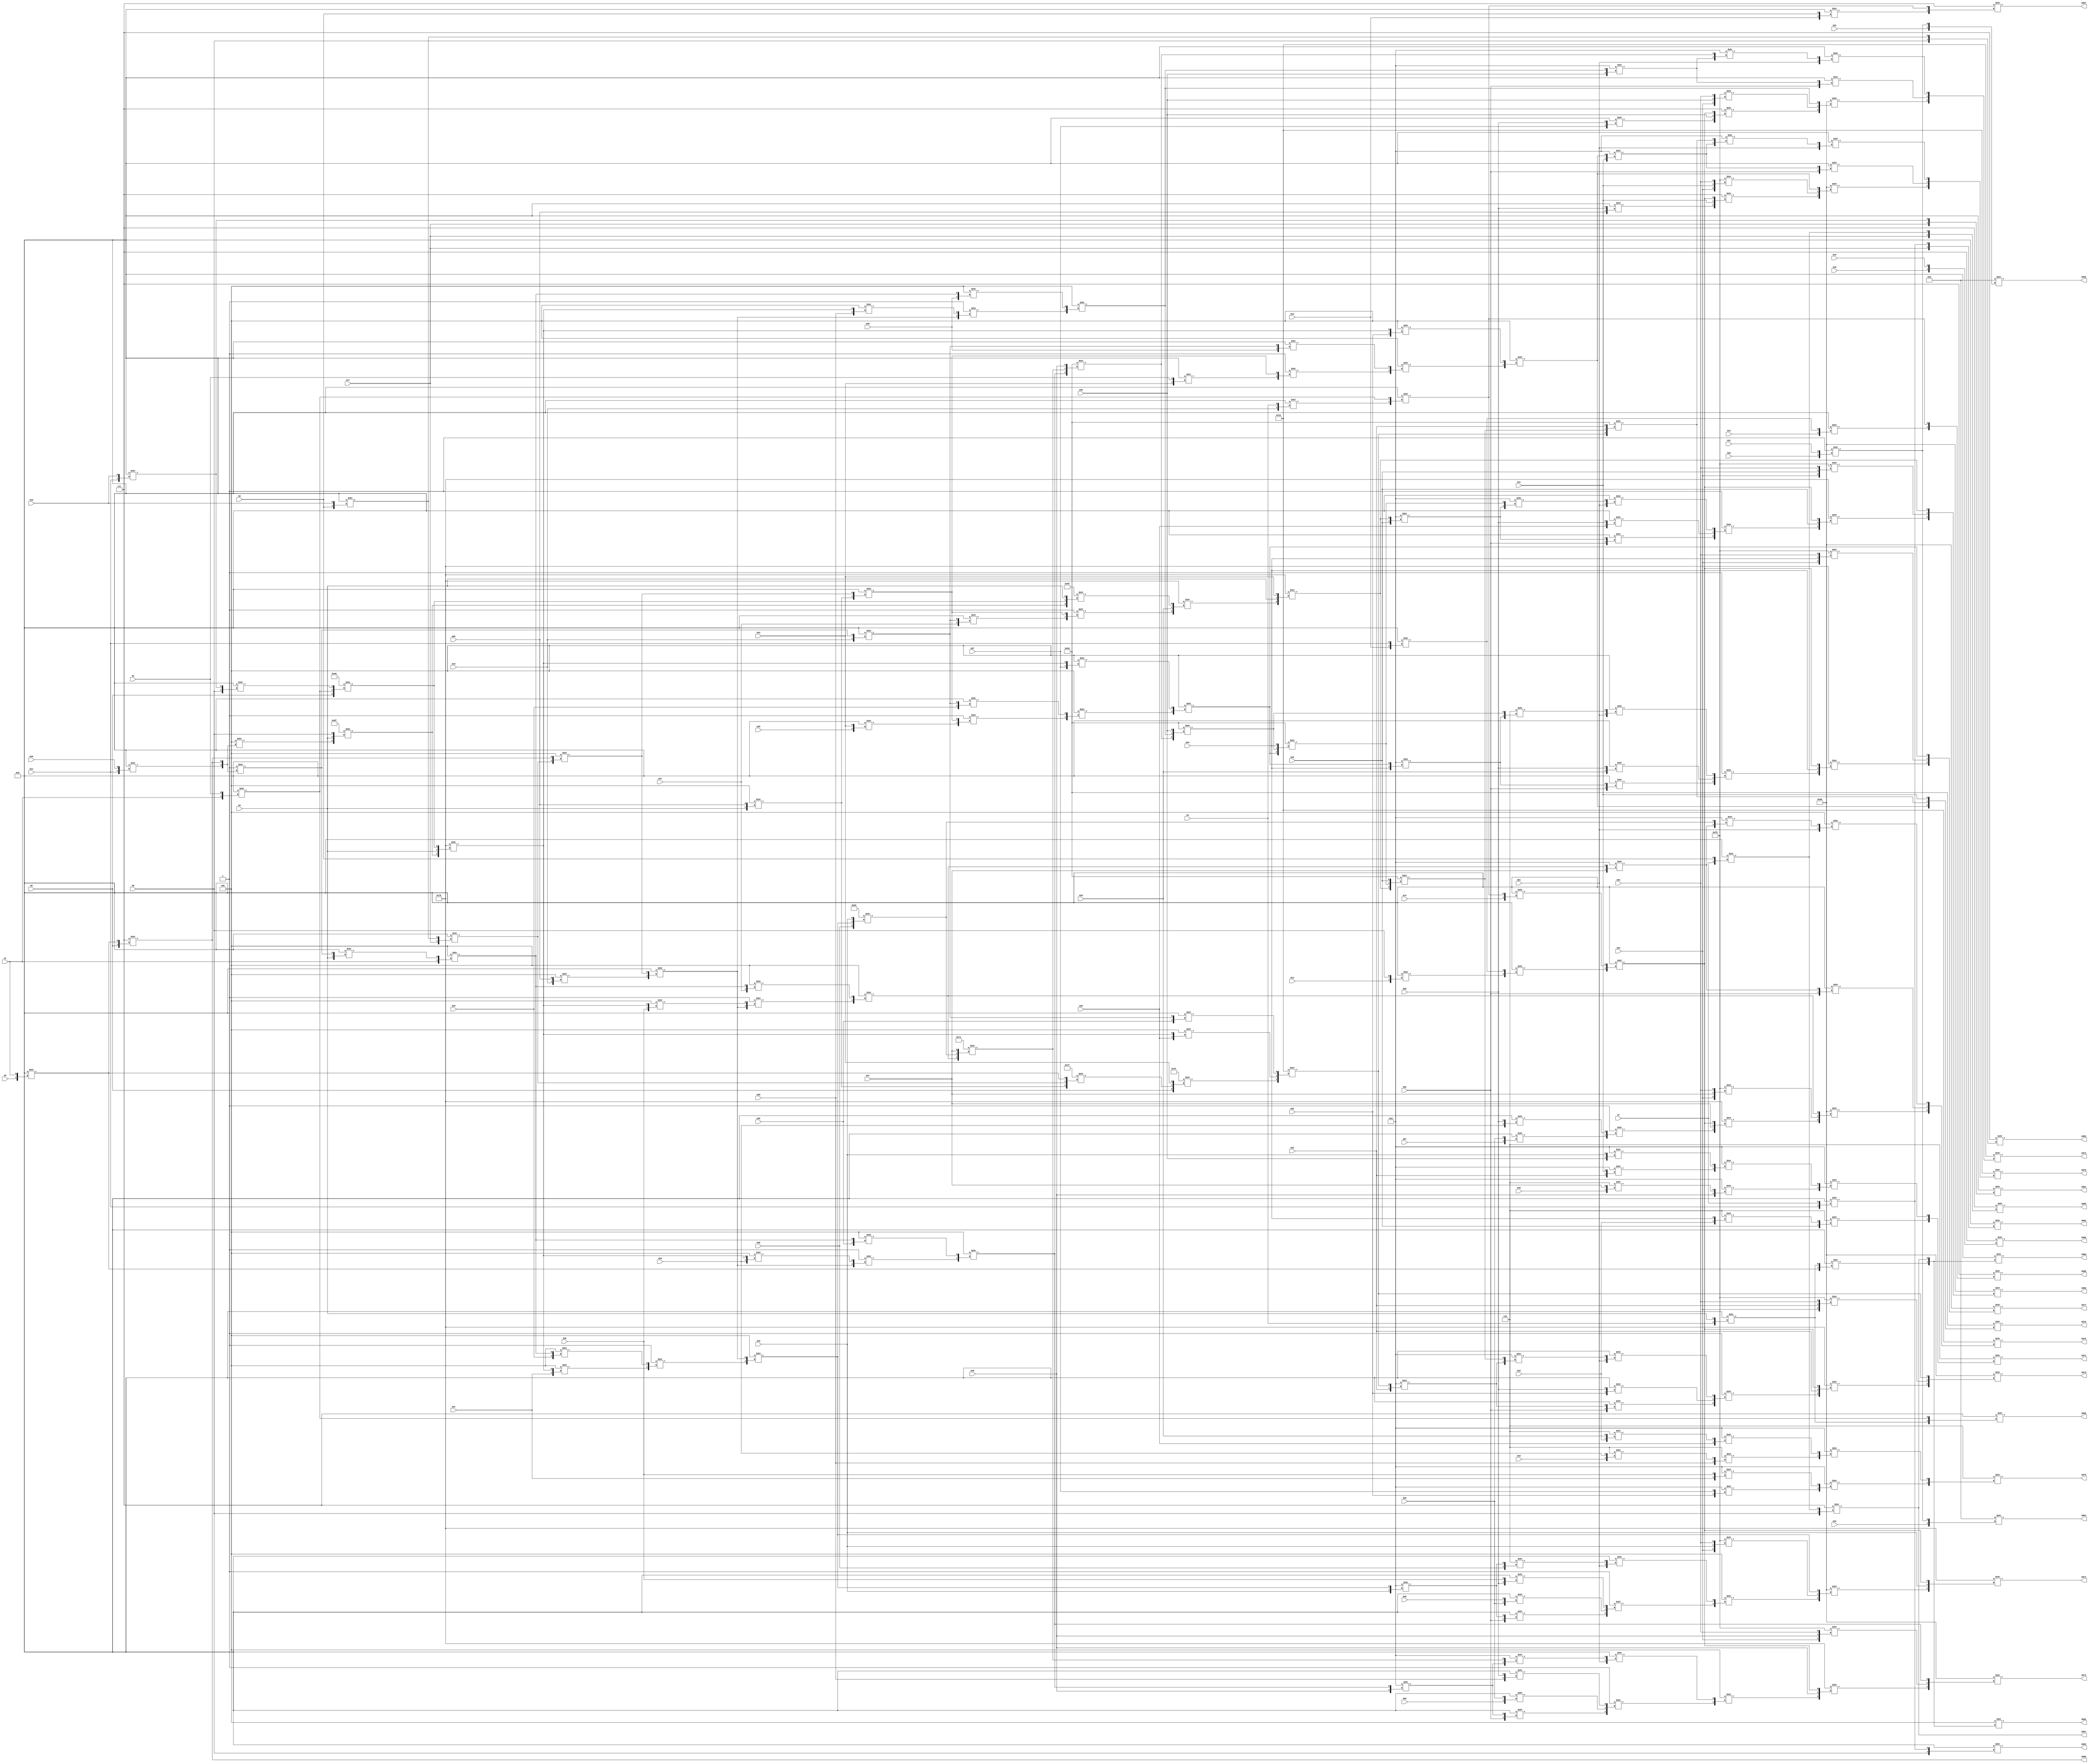
/* Generated by Yosys 0.9 (git sha1 1979e0b) */

(* src = "designs/c880.v:1" *)
module c880(G1, G10, G11, G12, G13, G14, G15, G16, G17, G18, G19, G2, G20, G21, G22, G23, G24, G25, G26, G27, G28, G29, G3, G30, G31, G32, G33, G34, G35, G36, G37, G38, G39, G4, G40, G41, G42, G43, G44, G45, G46, G47, G48, G49, G5, G50, G51, G52, G53, G54, G55, G56, G57, G58, G59, G6, G60, G7, G8, G855, G856, G857, G858, G859, G860, G861, G862, G863, G864, G865, G866, G867, G868, G869, G870, G871, G872, G873, G874, G875, G876, G877, G878, G879, G880, G9);
  wire _000_;
  wire _001_;
  wire _002_;
  wire _003_;
  wire _004_;
  wire _005_;
  wire _006_;
  wire _007_;
  wire _008_;
  wire _009_;
  wire _010_;
  wire _011_;
  wire _012_;
  wire _013_;
  wire _014_;
  wire _015_;
  wire _016_;
  wire _017_;
  wire _018_;
  wire _019_;
  wire _020_;
  wire _021_;
  wire _022_;
  wire _023_;
  wire _024_;
  wire _025_;
  wire _026_;
  wire _027_;
  wire _028_;
  wire _029_;
  wire _030_;
  wire _031_;
  wire _032_;
  wire _033_;
  wire _034_;
  wire _035_;
  wire _036_;
  wire _037_;
  wire _038_;
  wire _039_;
  wire _040_;
  wire _041_;
  wire _042_;
  wire _043_;
  wire _044_;
  wire _045_;
  wire _046_;
  wire _047_;
  wire _048_;
  wire _049_;
  wire _050_;
  wire _051_;
  wire _052_;
  wire _053_;
  wire _054_;
  wire _055_;
  wire _056_;
  wire _057_;
  wire _058_;
  wire _059_;
  wire _060_;
  wire _061_;
  wire _062_;
  wire _063_;
  wire _064_;
  wire _065_;
  wire _066_;
  wire _067_;
  wire _068_;
  wire _069_;
  wire _070_;
  wire _071_;
  wire _072_;
  wire _073_;
  wire _074_;
  wire _075_;
  wire _076_;
  wire _077_;
  wire _078_;
  wire _079_;
  wire _080_;
  wire _081_;
  wire _082_;
  wire _083_;
  wire _084_;
  wire _085_;
  wire _086_;
  wire _087_;
  wire _088_;
  wire _089_;
  wire _090_;
  wire _091_;
  wire _092_;
  wire _093_;
  wire _094_;
  wire _095_;
  wire _096_;
  wire _097_;
  wire _098_;
  wire _099_;
  wire _100_;
  wire _101_;
  wire _102_;
  wire _103_;
  wire _104_;
  wire _105_;
  wire _106_;
  wire _107_;
  wire _108_;
  wire _109_;
  wire _110_;
  wire _111_;
  wire _112_;
  wire _113_;
  wire _114_;
  wire _115_;
  wire _116_;
  wire _117_;
  wire _118_;
  wire _119_;
  wire _120_;
  wire _121_;
  wire _122_;
  wire _123_;
  wire _124_;
  wire _125_;
  wire _126_;
  wire _127_;
  wire _128_;
  wire _129_;
  wire _130_;
  wire _131_;
  wire _132_;
  wire _133_;
  wire _134_;
  wire _135_;
  wire _136_;
  wire _137_;
  wire _138_;
  wire _139_;
  wire _140_;
  wire _141_;
  wire _142_;
  wire _143_;
  wire _144_;
  wire _145_;
  wire _146_;
  wire _147_;
  wire _148_;
  wire _149_;
  wire _150_;
  wire _151_;
  wire _152_;
  wire _153_;
  wire _154_;
  wire _155_;
  wire _156_;
  wire _157_;
  wire _158_;
  wire _159_;
  wire _160_;
  wire _161_;
  wire _162_;
  wire _163_;
  wire _164_;
  wire _165_;
  wire _166_;
  wire _167_;
  wire _168_;
  wire _169_;
  wire _170_;
  wire _171_;
  wire _172_;
  wire _173_;
  wire _174_;
  wire _175_;
  wire _176_;
  wire _177_;
  wire _178_;
  wire _179_;
  wire _180_;
  wire _181_;
  wire _182_;
  wire _183_;
  wire _184_;
  wire _185_;
  wire _186_;
  wire _187_;
  wire _188_;
  wire _189_;
  wire _190_;
  wire _191_;
  wire _192_;
  wire _193_;
  wire _194_;
  wire _195_;
  wire _196_;
  wire _197_;
  wire _198_;
  wire _199_;
  wire _200_;
  wire _201_;
  wire _202_;
  wire _203_;
  wire _204_;
  wire _205_;
  wire _206_;
  wire _207_;
  wire _208_;
  wire _209_;
  (* src = "designs/c880.v:6" *)
  wire _210_;
  (* src = "designs/c880.v:6" *)
  wire _211_;
  (* src = "designs/c880.v:6" *)
  wire _212_;
  (* src = "designs/c880.v:6" *)
  wire _213_;
  (* src = "designs/c880.v:6" *)
  wire _214_;
  (* src = "designs/c880.v:6" *)
  wire _215_;
  (* src = "designs/c880.v:6" *)
  wire _216_;
  (* src = "designs/c880.v:6" *)
  wire _217_;
  (* src = "designs/c880.v:6" *)
  wire _218_;
  (* src = "designs/c880.v:6" *)
  wire _219_;
  (* src = "designs/c880.v:6" *)
  wire _220_;
  (* src = "designs/c880.v:6" *)
  wire _221_;
  (* src = "designs/c880.v:6" *)
  wire _222_;
  (* src = "designs/c880.v:6" *)
  wire _223_;
  (* src = "designs/c880.v:6" *)
  wire _224_;
  (* src = "designs/c880.v:6" *)
  wire _225_;
  (* src = "designs/c880.v:6" *)
  wire _226_;
  (* src = "designs/c880.v:6" *)
  wire _227_;
  (* src = "designs/c880.v:6" *)
  wire _228_;
  (* src = "designs/c880.v:6" *)
  wire _229_;
  (* src = "designs/c880.v:6" *)
  wire _230_;
  (* src = "designs/c880.v:6" *)
  wire _231_;
  (* src = "designs/c880.v:6" *)
  wire _232_;
  (* src = "designs/c880.v:6" *)
  wire _233_;
  (* src = "designs/c880.v:6" *)
  wire _234_;
  (* src = "designs/c880.v:6" *)
  wire _235_;
  (* src = "designs/c880.v:6" *)
  wire _236_;
  (* src = "designs/c880.v:6" *)
  wire _237_;
  (* src = "designs/c880.v:6" *)
  wire _238_;
  (* src = "designs/c880.v:6" *)
  wire _239_;
  (* src = "designs/c880.v:6" *)
  wire _240_;
  (* src = "designs/c880.v:6" *)
  wire _241_;
  (* src = "designs/c880.v:6" *)
  wire _242_;
  (* src = "designs/c880.v:6" *)
  wire _243_;
  (* src = "designs/c880.v:6" *)
  wire _244_;
  (* src = "designs/c880.v:6" *)
  wire _245_;
  (* src = "designs/c880.v:6" *)
  wire _246_;
  (* src = "designs/c880.v:6" *)
  wire _247_;
  (* src = "designs/c880.v:6" *)
  wire _248_;
  (* src = "designs/c880.v:6" *)
  wire _249_;
  (* src = "designs/c880.v:6" *)
  wire _250_;
  (* src = "designs/c880.v:6" *)
  wire _251_;
  (* src = "designs/c880.v:6" *)
  wire _252_;
  (* src = "designs/c880.v:6" *)
  wire _253_;
  (* src = "designs/c880.v:6" *)
  wire _254_;
  (* src = "designs/c880.v:6" *)
  wire _255_;
  (* src = "designs/c880.v:6" *)
  wire _256_;
  (* src = "designs/c880.v:6" *)
  wire _257_;
  (* src = "designs/c880.v:6" *)
  wire _258_;
  (* src = "designs/c880.v:6" *)
  wire _259_;
  (* src = "designs/c880.v:6" *)
  wire _260_;
  (* src = "designs/c880.v:6" *)
  wire _261_;
  (* src = "designs/c880.v:6" *)
  wire _262_;
  (* src = "designs/c880.v:6" *)
  wire _263_;
  (* src = "designs/c880.v:6" *)
  wire _264_;
  (* src = "designs/c880.v:6" *)
  wire _265_;
  (* src = "designs/c880.v:6" *)
  wire _266_;
  (* src = "designs/c880.v:6" *)
  wire _267_;
  (* src = "designs/c880.v:6" *)
  wire _268_;
  (* src = "designs/c880.v:10" *)
  wire _269_;
  (* src = "designs/c880.v:10" *)
  wire _270_;
  (* src = "designs/c880.v:10" *)
  wire _271_;
  (* src = "designs/c880.v:10" *)
  wire _272_;
  (* src = "designs/c880.v:10" *)
  wire _273_;
  (* src = "designs/c880.v:10" *)
  wire _274_;
  (* src = "designs/c880.v:10" *)
  wire _275_;
  (* src = "designs/c880.v:10" *)
  wire _276_;
  (* src = "designs/c880.v:10" *)
  wire _277_;
  (* src = "designs/c880.v:10" *)
  wire _278_;
  (* src = "designs/c880.v:10" *)
  wire _279_;
  (* src = "designs/c880.v:10" *)
  wire _280_;
  (* src = "designs/c880.v:10" *)
  wire _281_;
  (* src = "designs/c880.v:10" *)
  wire _282_;
  (* src = "designs/c880.v:10" *)
  wire _283_;
  (* src = "designs/c880.v:10" *)
  wire _284_;
  (* src = "designs/c880.v:10" *)
  wire _285_;
  (* src = "designs/c880.v:10" *)
  wire _286_;
  (* src = "designs/c880.v:10" *)
  wire _287_;
  (* src = "designs/c880.v:10" *)
  wire _288_;
  (* src = "designs/c880.v:10" *)
  wire _289_;
  (* src = "designs/c880.v:10" *)
  wire _290_;
  (* src = "designs/c880.v:10" *)
  wire _291_;
  (* src = "designs/c880.v:10" *)
  wire _292_;
  (* src = "designs/c880.v:10" *)
  wire _293_;
  (* src = "designs/c880.v:10" *)
  wire _294_;
  (* src = "designs/c880.v:6" *)
  wire _295_;
  wire _296_;
  wire _297_;
  wire _298_;
  wire _299_;
  wire _300_;
  wire _301_;
  wire _302_;
  wire _303_;
  wire _304_;
  wire _305_;
  wire _306_;
  wire _307_;
  wire _308_;
  wire _309_;
  wire _310_;
  wire _311_;
  wire _312_;
  wire _313_;
  wire _314_;
  wire _315_;
  wire _316_;
  wire _317_;
  wire _318_;
  wire _319_;
  wire _320_;
  wire _321_;
  wire _322_;
  wire _323_;
  wire _324_;
  wire _325_;
  wire _326_;
  wire _327_;
  wire _328_;
  wire _329_;
  wire _330_;
  wire _331_;
  wire _332_;
  wire _333_;
  wire _334_;
  wire _335_;
  wire _336_;
  wire _337_;
  wire _338_;
  wire _339_;
  wire _340_;
  wire _341_;
  wire _342_;
  wire _343_;
  wire _344_;
  wire _345_;
  wire _346_;
  wire _347_;
  wire _348_;
  wire _349_;
  wire _350_;
  wire _351_;
  wire _352_;
  wire _353_;
  wire _354_;
  wire _355_;
  wire _356_;
  wire _357_;
  wire _358_;
  wire _359_;
  wire _360_;
  wire _361_;
  wire _362_;
  wire _363_;
  wire _364_;
  wire _365_;
  wire _366_;
  wire _367_;
  wire _368_;
  wire _369_;
  wire _370_;
  wire _371_;
  wire _372_;
  wire _373_;
  wire _374_;
  wire _375_;
  wire _376_;
  wire _377_;
  wire _378_;
  wire _379_;
  wire _380_;
  wire _381_;
  wire _382_;
  wire _383_;
  wire _384_;
  wire _385_;
  wire _386_;
  wire _387_;
  wire _388_;
  wire _389_;
  wire _390_;
  wire _391_;
  wire _392_;
  wire _393_;
  wire _394_;
  wire _395_;
  wire _396_;
  wire _397_;
  wire _398_;
  wire _399_;
  wire _400_;
  wire _401_;
  wire _402_;
  wire _403_;
  wire _404_;
  wire _405_;
  wire _406_;
  wire _407_;
  wire _408_;
  wire _409_;
  wire _410_;
  wire _411_;
  wire _412_;
  wire _413_;
  wire _414_;
  wire _415_;
  wire _416_;
  wire _417_;
  wire _418_;
  wire _419_;
  wire _420_;
  wire _421_;
  wire _422_;
  wire _423_;
  wire _424_;
  wire _425_;
  wire _426_;
  wire _427_;
  wire _428_;
  wire _429_;
  wire _430_;
  wire _431_;
  wire _432_;
  wire _433_;
  wire _434_;
  wire _435_;
  wire _436_;
  wire _437_;
  wire _438_;
  wire _439_;
  wire _440_;
  wire _441_;
  wire _442_;
  wire _443_;
  wire _444_;
  wire _445_;
  wire _446_;
  wire _447_;
  wire _448_;
  wire _449_;
  wire _450_;
  wire _451_;
  wire _452_;
  wire _453_;
  wire _454_;
  wire _455_;
  wire _456_;
  wire _457_;
  wire _458_;
  wire _459_;
  wire _460_;
  (* src = "designs/c880.v:6" *)
  input G1;
  (* src = "designs/c880.v:6" *)
  input G10;
  (* src = "designs/c880.v:6" *)
  input G11;
  (* src = "designs/c880.v:6" *)
  input G12;
  (* src = "designs/c880.v:6" *)
  input G13;
  (* src = "designs/c880.v:6" *)
  input G14;
  (* src = "designs/c880.v:6" *)
  input G15;
  (* src = "designs/c880.v:6" *)
  input G16;
  (* src = "designs/c880.v:6" *)
  input G17;
  (* src = "designs/c880.v:6" *)
  input G18;
  (* src = "designs/c880.v:6" *)
  input G19;
  (* src = "designs/c880.v:6" *)
  input G2;
  (* src = "designs/c880.v:6" *)
  input G20;
  (* src = "designs/c880.v:6" *)
  input G21;
  (* src = "designs/c880.v:6" *)
  input G22;
  (* src = "designs/c880.v:6" *)
  input G23;
  (* src = "designs/c880.v:6" *)
  input G24;
  (* src = "designs/c880.v:6" *)
  input G25;
  (* src = "designs/c880.v:6" *)
  input G26;
  (* src = "designs/c880.v:6" *)
  input G27;
  (* src = "designs/c880.v:6" *)
  input G28;
  (* src = "designs/c880.v:6" *)
  input G29;
  (* src = "designs/c880.v:13" *)
  wire G293;
  (* src = "designs/c880.v:13" *)
  wire G295;
  (* src = "designs/c880.v:13" *)
  wire G296;
  (* src = "designs/c880.v:6" *)
  input G3;
  (* src = "designs/c880.v:6" *)
  input G30;
  (* src = "designs/c880.v:6" *)
  input G31;
  (* src = "designs/c880.v:6" *)
  input G32;
  (* src = "designs/c880.v:6" *)
  input G33;
  (* src = "designs/c880.v:6" *)
  input G34;
  (* src = "designs/c880.v:13" *)
  wire G343;
  (* src = "designs/c880.v:13" *)
  wire G349;
  (* src = "designs/c880.v:6" *)
  input G35;
  (* src = "designs/c880.v:13" *)
  wire G350;
  (* src = "designs/c880.v:6" *)
  input G36;
  (* src = "designs/c880.v:13" *)
  wire G369;
  (* src = "designs/c880.v:6" *)
  input G37;
  (* src = "designs/c880.v:6" *)
  input G38;
  (* src = "designs/c880.v:6" *)
  input G39;
  (* src = "designs/c880.v:6" *)
  input G4;
  (* src = "designs/c880.v:6" *)
  input G40;
  (* src = "designs/c880.v:6" *)
  input G41;
  (* src = "designs/c880.v:6" *)
  input G42;
  (* src = "designs/c880.v:6" *)
  input G43;
  (* src = "designs/c880.v:6" *)
  input G44;
  (* src = "designs/c880.v:6" *)
  input G45;
  (* src = "designs/c880.v:6" *)
  input G46;
  (* src = "designs/c880.v:6" *)
  input G47;
  (* src = "designs/c880.v:6" *)
  input G48;
  (* src = "designs/c880.v:6" *)
  input G49;
  (* src = "designs/c880.v:6" *)
  input G5;
  (* src = "designs/c880.v:6" *)
  input G50;
  (* src = "designs/c880.v:6" *)
  input G51;
  (* src = "designs/c880.v:6" *)
  input G52;
  (* src = "designs/c880.v:6" *)
  input G53;
  (* src = "designs/c880.v:6" *)
  input G54;
  (* src = "designs/c880.v:6" *)
  input G55;
  (* src = "designs/c880.v:6" *)
  input G56;
  (* src = "designs/c880.v:6" *)
  input G57;
  (* src = "designs/c880.v:6" *)
  input G58;
  (* src = "designs/c880.v:6" *)
  input G59;
  (* src = "designs/c880.v:6" *)
  input G6;
  (* src = "designs/c880.v:6" *)
  input G60;
  (* src = "designs/c880.v:6" *)
  input G7;
  (* src = "designs/c880.v:6" *)
  input G8;
  (* src = "designs/c880.v:13" *)
  wire G812;
  (* src = "designs/c880.v:13" *)
  wire G829;
  (* src = "designs/c880.v:13" *)
  wire G830;
  (* src = "designs/c880.v:13" *)
  wire G831;
  (* src = "designs/c880.v:13" *)
  wire G832;
  (* src = "designs/c880.v:13" *)
  wire G844;
  (* src = "designs/c880.v:13" *)
  wire G849;
  (* src = "designs/c880.v:13" *)
  wire G850;
  (* src = "designs/c880.v:13" *)
  wire G851;
  (* src = "designs/c880.v:10" *)
  output G855;
  (* src = "designs/c880.v:10" *)
  output G856;
  (* src = "designs/c880.v:10" *)
  output G857;
  (* src = "designs/c880.v:10" *)
  output G858;
  (* src = "designs/c880.v:10" *)
  output G859;
  (* src = "designs/c880.v:10" *)
  output G860;
  (* src = "designs/c880.v:10" *)
  output G861;
  (* src = "designs/c880.v:10" *)
  output G862;
  (* src = "designs/c880.v:10" *)
  output G863;
  (* src = "designs/c880.v:10" *)
  output G864;
  (* src = "designs/c880.v:10" *)
  output G865;
  (* src = "designs/c880.v:10" *)
  output G866;
  (* src = "designs/c880.v:10" *)
  output G867;
  (* src = "designs/c880.v:10" *)
  output G868;
  (* src = "designs/c880.v:10" *)
  output G869;
  (* src = "designs/c880.v:10" *)
  output G870;
  (* src = "designs/c880.v:10" *)
  output G871;
  (* src = "designs/c880.v:10" *)
  output G872;
  (* src = "designs/c880.v:10" *)
  output G873;
  (* src = "designs/c880.v:10" *)
  output G874;
  (* src = "designs/c880.v:10" *)
  output G875;
  (* src = "designs/c880.v:10" *)
  output G876;
  (* src = "designs/c880.v:10" *)
  output G877;
  (* src = "designs/c880.v:10" *)
  output G878;
  (* src = "designs/c880.v:10" *)
  output G879;
  (* src = "designs/c880.v:10" *)
  output G880;
  (* src = "designs/c880.v:6" *)
  input G9;
  assign _269_ = 4'h7 >> { _268_, _455_ };
  assign _455_ = 4'h8 >> { _265_, _217_ };
  assign _270_ = 4'h7 >> { _218_, _456_ };
  assign _456_ = 4'h8 >> { _267_, _265_ };
  assign _271_ = 4'h7 >> { _268_, _456_ };
  assign _272_ = 4'h7 >> { _219_, _220_ };
  assign _273_ = 4'h7 >> { _458_, _457_ };
  assign _457_ = 4'h8 >> { _210_, _221_ };
  assign _458_ = 4'h8 >> { _232_, _243_ };
  assign _274_ = 4'h8 >> { _459_, _271_ };
  assign _459_ = 4'h8 >> { _460_, _458_ };
  assign _460_ = 4'h8 >> { _254_, _210_ };
  assign _278_ = 4'hb >> { _225_, _296_ };
  assign _296_ = 4'h1 >> { _222_, _223_ };
  assign _279_ = 4'h4 >> { _459_, _271_ };
  assign _280_ = 4'h7 >> { _295_, _460_ };
  assign _283_ = 4'hb >> { _224_, _296_ };
  assign _297_ = 4'h4 >> { _298_, _307_ };
  assign _298_ = 4'h1 >> { _304_, _299_ };
  assign _299_ = 4'h4 >> { _242_, _300_ };
  assign _300_ = 4'h4 >> { _210_, _301_ };
  assign _301_ = 4'h8 >> { _243_, _302_ };
  assign _302_ = 4'h1 >> { _303_, _280_ };
  assign _303_ = 4'h8 >> { _212_, _244_ };
  assign _304_ = 4'h4 >> { _234_, _418_ };
  assign _305_ = 4'h8 >> { _268_, _306_ };
  assign _306_ = 4'h8 >> { _212_, _217_ };
  assign _307_ = 4'h8 >> { _310_, _308_ };
  assign _308_ = 4'h4 >> { _309_, _280_ };
  assign _309_ = 4'h8 >> { _218_, _455_ };
  assign _310_ = 4'h4 >> { _211_, _266_ };
  assign _311_ = 4'h8 >> { _255_, _233_ };
  assign _312_ = 4'h8 >> { _316_, _313_ };
  assign _313_ = 4'h8 >> { _215_, _314_ };
  assign _314_ = 4'h8 >> { _315_, _457_ };
  assign _315_ = 4'h8 >> { _211_, _232_ };
  assign _316_ = 4'h8 >> { _318_, _317_ };
  assign _317_ = 4'h8 >> { _213_, _212_ };
  assign _318_ = 4'h8 >> { _214_, _268_ };
  assign _319_ = 4'h8 >> { _260_, _264_ };
  assign _320_ = 4'h8 >> { _257_, _321_ };
  assign _321_ = 4'h9 >> { _252_, _297_ };
  assign _322_ = 4'h8 >> { _256_, _323_ };
  assign _323_ = 4'h6 >> { _263_, _321_ };
  assign _324_ = 4'h8 >> { _256_, _325_ };
  assign _325_ = 4'h9 >> { _334_, _419_ };
  assign _326_ = 4'h4 >> { _328_, _327_ };
  assign _327_ = 4'h4 >> { _240_, _300_ };
  assign _328_ = 4'h1 >> { _307_, _329_ };
  assign _329_ = 4'h4 >> { _233_, _418_ };
  assign _330_ = 4'h4 >> { _332_, _331_ };
  assign _331_ = 4'h4 >> { _239_, _300_ };
  assign _332_ = 4'h1 >> { _307_, _333_ };
  assign _333_ = 4'h4 >> { _231_, _418_ };
  assign _334_ = 4'h9 >> { _249_, _335_ };
  assign _335_ = 4'h4 >> { _337_, _336_ };
  assign _336_ = 4'h4 >> { _238_, _300_ };
  assign _337_ = 4'h1 >> { _307_, _338_ };
  assign _338_ = 4'h4 >> { _230_, _418_ };
  assign _339_ = 4'h8 >> { _229_, _255_ };
  assign _340_ = 4'h8 >> { _257_, _334_ };
  assign _341_ = 4'h8 >> { _256_, _342_ };
  assign _342_ = 4'h9 >> { _343_, _420_ };
  assign _343_ = 4'h9 >> { _250_, _330_ };
  assign _344_ = 4'h8 >> { _230_, _255_ };
  assign _345_ = 4'h8 >> { _261_, _260_ };
  assign _346_ = 4'h8 >> { _257_, _343_ };
  assign _347_ = 4'h4 >> { _256_, _348_ };
  assign _348_ = 4'h9 >> { _349_, _421_ };
  assign _349_ = 4'h9 >> { _251_, _326_ };
  assign _350_ = 4'h1 >> { _352_, _351_ };
  assign _351_ = 4'h8 >> { _231_, _255_ };
  assign _352_ = 4'h8 >> { _262_, _260_ };
  assign _353_ = 4'h8 >> { _257_, _349_ };
  assign _354_ = 4'h4 >> { _355_, _362_ };
  assign _355_ = 4'h4 >> { _358_, _356_ };
  assign _356_ = 4'h8 >> { _242_, _357_ };
  assign _357_ = 4'h8 >> { _211_, _302_ };
  assign _358_ = 4'h1 >> { _361_, _359_ };
  assign _359_ = 4'h8 >> { _360_, _308_ };
  assign _360_ = 4'h4 >> { _243_, _266_ };
  assign _361_ = 4'h8 >> { _241_, _237_ };
  assign _362_ = 4'h4 >> { _229_, _418_ };
  assign _363_ = 4'h8 >> { _240_, _357_ };
  assign _364_ = 4'h8 >> { _239_, _357_ };
  assign _365_ = 4'h4 >> { _227_, _418_ };
  assign _366_ = 4'h4 >> { _367_, _371_ };
  assign _367_ = 4'h4 >> { _369_, _368_ };
  assign _368_ = 4'h8 >> { _238_, _357_ };
  assign _369_ = 4'h1 >> { _370_, _359_ };
  assign _370_ = 4'h8 >> { _237_, _221_ };
  assign _371_ = 4'h4 >> { _226_, _418_ };
  assign _372_ = 4'h4 >> { _256_, _373_ };
  assign _373_ = 4'h6 >> { _374_, _429_ };
  assign _374_ = 4'h9 >> { _248_, _354_ };
  assign _375_ = 4'h8 >> { _228_, _255_ };
  assign _376_ = 4'h8 >> { _257_, _374_ };
  assign _377_ = 4'h8 >> { _256_, _378_ };
  assign _378_ = 4'h9 >> { _379_, _426_ };
  assign _379_ = 4'h9 >> { _245_, _366_ };
  assign _380_ = 4'h8 >> { _266_, _255_ };
  assign _381_ = 4'h8 >> { _257_, _379_ };
  assign _382_ = 4'h8 >> { _256_, _383_ };
  assign _383_ = 4'h9 >> { _384_, _427_ };
  assign _384_ = 4'h9 >> { _246_, _436_ };
  assign _385_ = 4'h8 >> { _226_, _255_ };
  assign _386_ = 4'h8 >> { _257_, _384_ };
  assign _387_ = 4'h8 >> { _256_, _388_ };
  assign _388_ = 4'h9 >> { _389_, _428_ };
  assign _389_ = 4'h9 >> { _247_, _433_ };
  assign _390_ = 4'h8 >> { _227_, _255_ };
  assign _391_ = 4'h8 >> { _257_, _389_ };
  assign _275_ = 4'h8 >> { _218_, _306_ };
  assign _276_ = 4'h8 >> { _218_, _392_ };
  assign _392_ = 4'h8 >> { _212_, _267_ };
  assign _277_ = 4'h8 >> { _268_, _392_ };
  assign _281_ = 4'h7 >> { _393_, _314_ };
  assign _393_ = 4'h8 >> { _213_, _265_ };
  assign _282_ = 4'h7 >> { _394_, _314_ };
  assign _394_ = 4'h8 >> { _216_, _317_ };
  assign _284_ = 4'h6 >> { _400_, _395_ };
  assign _395_ = 4'h9 >> { _398_, _396_ };
  assign _396_ = 4'h9 >> { _227_, _397_ };
  assign _397_ = 4'h6 >> { _235_, _228_ };
  assign _398_ = 4'h6 >> { _230_, _399_ };
  assign _399_ = 4'h6 >> { _236_, _231_ };
  assign _400_ = 4'h9 >> { _402_, _401_ };
  assign _401_ = 4'h9 >> { _234_, _233_ };
  assign _402_ = 4'h9 >> { _226_, _229_ };
  assign _285_ = 4'h6 >> { _409_, _403_ };
  assign _403_ = 4'h9 >> { _407_, _404_ };
  assign _404_ = 4'h9 >> { _406_, _405_ };
  assign _405_ = 4'h9 >> { _249_, _252_ };
  assign _406_ = 4'h9 >> { _246_, _245_ };
  assign _407_ = 4'h9 >> { _250_, _408_ };
  assign _408_ = 4'h6 >> { _253_, _251_ };
  assign _409_ = 4'h6 >> { _247_, _410_ };
  assign _410_ = 4'h6 >> { _235_, _248_ };
  assign _411_ = 8'hf8 >> { _259_, _252_, _258_ };
  assign _412_ = 8'h01 >> { _320_, _319_, _311_ };
  assign _413_ = 4'h4 >> { _412_, _322_ };
  assign _414_ = 8'hb0 >> { _413_, _411_, _297_ };
  assign _286_ = 8'h70 >> { _414_, _252_, _312_ };
  assign _415_ = 4'h4 >> { _303_, _280_ };
  assign _416_ = 8'h9f >> { _415_, _243_, _268_ };
  assign _417_ = 8'h40 >> { _295_, _457_, _305_ };
  assign _418_ = 8'h70 >> { _416_, _243_, _417_ };
  assign _287_ = 8'h10 >> { _448_, _340_, _324_ };
  assign _419_ = 8'hd4 >> { _330_, _420_, _250_ };
  assign _420_ = 8'h71 >> { _326_, _421_, _251_ };
  assign _421_ = 8'hb2 >> { _263_, _297_, _252_ };
  assign _422_ = 8'hf8 >> { _259_, _250_, _258_ };
  assign _423_ = 8'h01 >> { _346_, _345_, _344_ };
  assign _424_ = 4'h4 >> { _423_, _341_ };
  assign _425_ = 8'h70 >> { _424_, _250_, _312_ };
  assign _288_ = 8'hb0 >> { _425_, _422_, _330_ };
  assign _289_ = 8'h10 >> { _451_, _353_, _347_ };
  assign _290_ = 8'hd4 >> { _366_, _426_, _245_ };
  assign _426_ = 8'hd4 >> { _436_, _427_, _246_ };
  assign _427_ = 8'hd4 >> { _433_, _428_, _247_ };
  assign _428_ = 8'hd4 >> { _354_, _429_, _248_ };
  assign _429_ = 8'hd4 >> { _419_, _335_, _249_ };
  assign _430_ = 4'h1 >> { _363_, _359_ };
  assign _431_ = 8'h8f >> { _416_, _417_, _243_ };
  assign _432_ = 8'h70 >> { _430_, _228_, _431_ };
  assign _433_ = 8'h70 >> { _432_, _243_, _237_ };
  assign _434_ = 8'h7f >> { _360_, _309_, _460_ };
  assign _435_ = 8'h4f >> { _295_, _434_, _237_ };
  assign _436_ = 8'h10 >> { _435_, _365_, _364_ };
  assign _437_ = 8'hf8 >> { _259_, _248_, _258_ };
  assign _438_ = 8'h01 >> { _376_, _375_, _372_ };
  assign _439_ = 8'h70 >> { _438_, _248_, _312_ };
  assign _291_ = 8'hb0 >> { _439_, _437_, _354_ };
  assign _292_ = 8'h10 >> { _454_, _381_, _377_ };
  assign _440_ = 8'hf8 >> { _259_, _246_, _258_ };
  assign _441_ = 8'h01 >> { _386_, _385_, _382_ };
  assign _442_ = 8'h70 >> { _441_, _246_, _312_ };
  assign _293_ = 8'hb0 >> { _442_, _440_, _436_ };
  assign _443_ = 8'hf8 >> { _259_, _247_, _258_ };
  assign _444_ = 8'h01 >> { _391_, _390_, _387_ };
  assign _445_ = 8'h70 >> { _444_, _247_, _312_ };
  assign _294_ = 8'hb0 >> { _445_, _443_, _433_ };
  assign _446_ = 8'hf8 >> { _259_, _249_, _258_ };
  assign _447_ = 8'h07 >> { _339_, _249_, _312_ };
  assign _448_ = 8'hb0 >> { _447_, _446_, _335_ };
  assign _449_ = 8'hf8 >> { _259_, _251_, _258_ };
  assign _450_ = 8'h70 >> { _350_, _251_, _312_ };
  assign _451_ = 8'hb0 >> { _450_, _449_, _326_ };
  assign _452_ = 8'hf8 >> { _259_, _245_, _258_ };
  assign _453_ = 8'h07 >> { _380_, _245_, _312_ };
  assign _454_ = 8'hb0 >> { _453_, _452_, _366_ };
  assign G369 = G60;
  assign G350 = G868;
  assign G349 = G867;
  assign G293 = G861;
  assign G295 = G862;
  assign G296 = G863;
  assign G812 = G872;
  assign G829 = G873;
  assign G830 = G874;
  assign G831 = G875;
  assign G832 = G876;
  assign G343 = G857;
  assign G844 = G877;
  assign G849 = G878;
  assign G850 = G879;
  assign G851 = G880;
  assign _268_ = G8;
  assign _217_ = G16;
  assign _265_ = G6;
  assign G855 = _269_;
  assign _218_ = G17;
  assign _267_ = G7;
  assign G856 = _270_;
  assign G857 = _271_;
  assign _220_ = G19;
  assign _219_ = G18;
  assign G858 = _272_;
  assign _243_ = G4;
  assign _232_ = G3;
  assign _221_ = G2;
  assign _210_ = G1;
  assign G859 = _273_;
  assign _254_ = G5;
  assign G860 = _274_;
  assign _223_ = G21;
  assign _222_ = G20;
  assign _225_ = G23;
  assign G864 = _278_;
  assign G865 = _279_;
  assign _295_ = G9;
  assign G866 = _280_;
  assign _224_ = G22;
  assign G869 = _283_;
  assign _256_ = G51;
  assign _233_ = G30;
  assign _255_ = G50;
  assign _252_ = G48;
  assign _211_ = G10;
  assign _266_ = G60;
  assign _234_ = G31;
  assign _242_ = G39;
  assign _244_ = G40;
  assign _212_ = G11;
  assign _263_ = G58;
  assign _257_ = G52;
  assign _258_ = G53;
  assign _259_ = G54;
  assign _264_ = G59;
  assign _260_ = G55;
  assign _213_ = G12;
  assign _214_ = G13;
  assign _215_ = G14;
  assign G872 = _286_;
  assign _230_ = G28;
  assign _238_ = G35;
  assign _249_ = G45;
  assign _231_ = G29;
  assign _239_ = G36;
  assign _250_ = G46;
  assign _240_ = G37;
  assign _251_ = G47;
  assign _229_ = G27;
  assign G873 = _287_;
  assign _261_ = G56;
  assign G874 = _288_;
  assign _262_ = G57;
  assign G875 = _289_;
  assign _226_ = G24;
  assign _237_ = G34;
  assign _245_ = G41;
  assign _246_ = G42;
  assign _227_ = G25;
  assign _247_ = G43;
  assign _228_ = G26;
  assign _248_ = G44;
  assign _241_ = G38;
  assign G876 = _290_;
  assign G877 = _291_;
  assign G878 = _292_;
  assign G879 = _293_;
  assign G880 = _294_;
  assign G861 = _275_;
  assign G862 = _276_;
  assign G863 = _277_;
  assign G867 = _281_;
  assign _216_ = G15;
  assign G868 = _282_;
  assign _235_ = G32;
  assign _236_ = G33;
  assign G870 = _284_;
  assign _253_ = G49;
  assign G871 = _285_;
endmodule